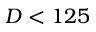
D < 1 2 5